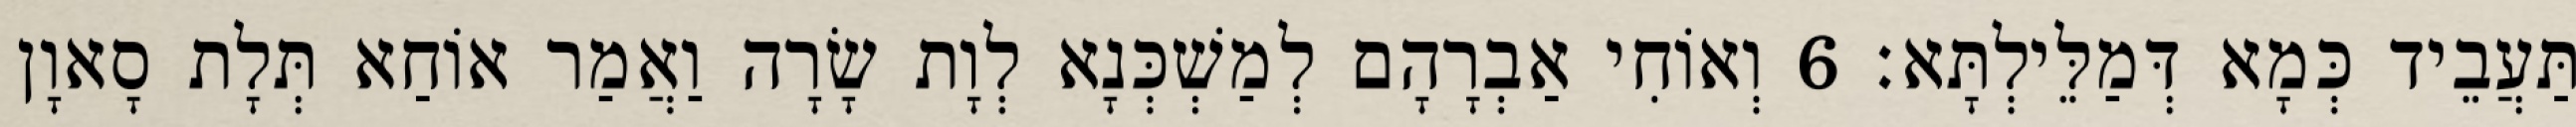
תַּעֲבֵיד כְּמָא דְּמַלֵּילְתָּא׃ 6 וְאוֹחִי אַבְרָהָם לְמַשְׁכְּנָא לְוָת שָׂרָה וַאֲמַר אוֹחַא תְּלָת סָאוָן